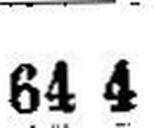
64 4